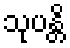
သုပန္တိ